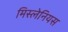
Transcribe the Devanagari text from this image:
मिस्लेनियस